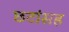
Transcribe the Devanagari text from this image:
छटांसह